Indian journal of veterinary science and animal husbandry - Volumes 18-21, 1948-1951
Year: 1948
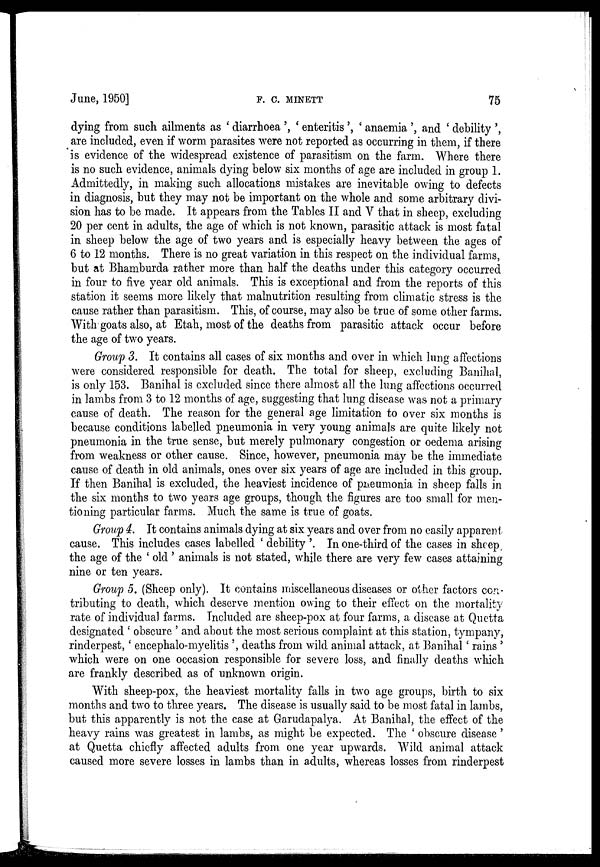
June, 1950]
F.
C.
MINETT
75
dying from such ailments as 'diarrhoea', 'enteritis', 'anaemia', and 'debility',
are included, even if worm parasites were not reported as occurring in them, if there
is evidence of the widespread existence of parasitism on the farm. Where there
is no such evidence, animals dying below six months of age are included in group 1.
Admittedly, in making such allocations mistakes are inevitable owing to defects
in diagnosis, but they may not be important on the whole and some arbitrary divi-
sion has to be made. It appears from the Tables II and V that in sheep, excluding
20 per cent in adults, the age of which is not known, parasitic attack is most fatal
in sheep below the age of two years and is especially heavy between the ages of
6 to 12 months. There is no great variation in this respect on the individual farms,
but at Bhamburda rather more than half the deaths under this category occurred
in four to five year old animals. This is exceptional and from the reports of this
station it seems more likely that malnutrition resulting from climatic stress is the
cause rather than parasitism. This, of course, may also be true of some other farms.
With goats also, at Etah, most of the deaths from parasitic attack occur before
the age of two years.
Group 3. It contains all cases of six months and over in which lung affections
were considered responsible for death. The total for sheep, excluding Banihal,
is only 153. Banihal is excluded since there almost all the lung affections occurred
in lambs from 3 to 12 months of age, suggesting that lung disease was not a primary
cause of death. The reason for the general age limitation to over six months is
because conditions labelled pneumonia in very young animals are quite likely not
pneumonia in the true sense, but merely pulmonary congestion or oedema arising
from weakness or other cause. Since, however, pneumonia may be the immediate
cause of death in old animals, ones over six years of age are included in this group.
If then Banihal is excluded, the heaviest incidence of pneumonia in sheep falls in
the six months to two years age groups, though the figures are too small for men-
tioning particular farms. Much the same is true of goats.
Group 4. It contains animals dying at six years and over from no easily apparent
cause. This includes cases labelled 'debility'. In one-third of the cases in sheep,
the age of the 'old' animals is not stated, while there are very few cases attaining
nine or ten years.
Group 5. (Sheep only). It contains miscellaneous diseases or other factors con-
tributing to death, which deserve mention owing to their effect on the mortality
rate of individual farms. Included are sheep-pox at four farms, a disease at Quetta
designated 'obscure' and about the most serious complaint at this station, tympany,
rinderpest, 'encephalo-myelitis', deaths from wild animal attack, at Banihal 'rains'
which were on one occasion responsible for severe loss, and finally deaths which
are frankly described as of unknown origin.
With sheep-pox, the heaviest mortality falls in two age groups, birth to six
months and two to three years. The disease is usually said to be most fatal in lambs,
but this apparently is not the case at Garudapalya. At Banihal, the effect of the
heavy rains was greatest in lambs, as might be expected. The 'obscure disease'
at Quetta chiefly affected adults from one year upwards. Wild animal attack
caused more severe losses in lambs than in adults, whereas losses from rinderpest